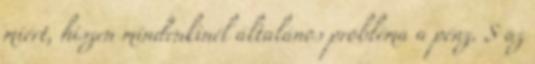
miért, hiszen mindenkinél általános probléma a pénz. S az